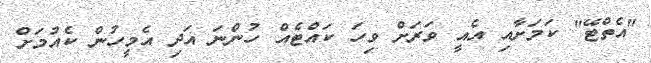
"އެތްޓޭ" ކަމަށާއި އެއީ ވަރަށް ވިހަ ކައްޓެއް ހުންނަ އަދި އެމީހުން ކެއުމަށް